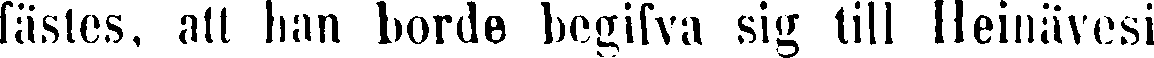
fästes, att han borde begifva sig till Heinävesi